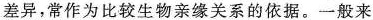
差异，常作为比较生物亲缘关系的依据。一般来